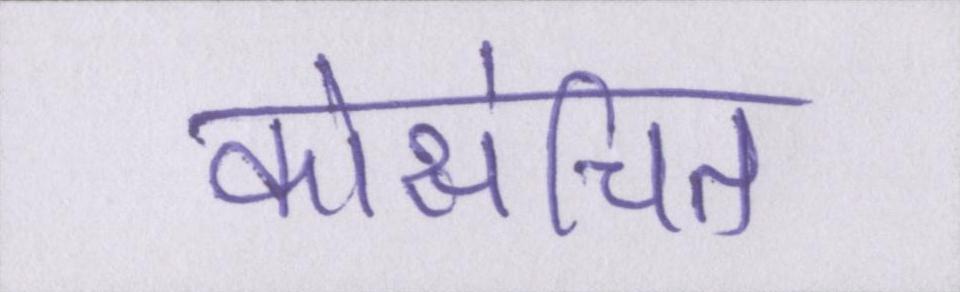
कोसंचित